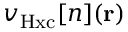
v _ { \mathrm { H x c } } [ n ] ( \mathbf { r } )